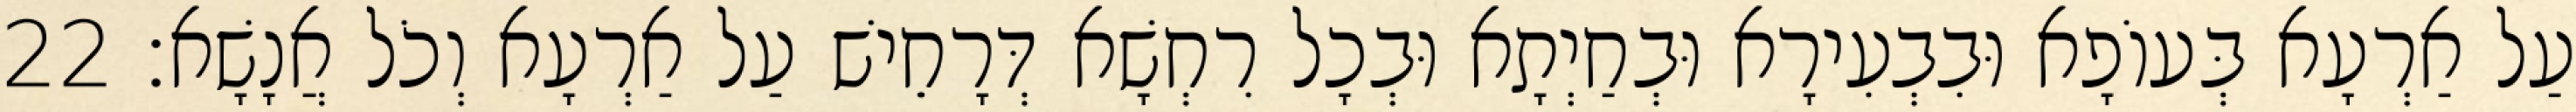
עַל אַרְעָא בְּעוֹפָא וּבִבְעִירָא וּבְחַיְתָא וּבְכָל רִחְשָׁא דְּרָחֵישׁ עַל אַרְעָא וְכֹל אֲנָשָׁא׃ 22